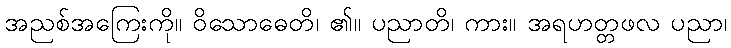
အညစ်အကြေးကို။ ဝိသောဓေတိ၊ ၏။ ပညာတိ၊ ကား။ အရဟတ္တဖလ ပညာ၊